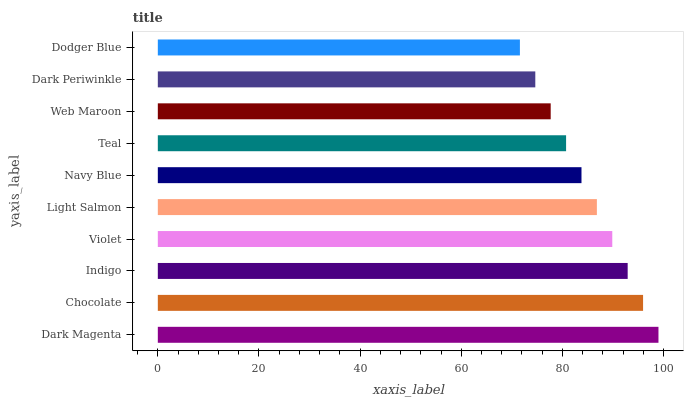
| yaxis_label | bars |
 | --- | --- |
 | Dark Magenta | 99 |
 | Chocolate | 96 |
 | Indigo | 92.9 |
 | Violet | 89.9 |
 | Light Salmon | 86.8 |
 | Navy Blue | 83.8 |
 | Teal | 80.7 |
 | Web Maroon | 77.7 |
 | Dark Periwinkle | 74.6 |
 | Dodger Blue | 71.6 |